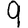
Digit: 9